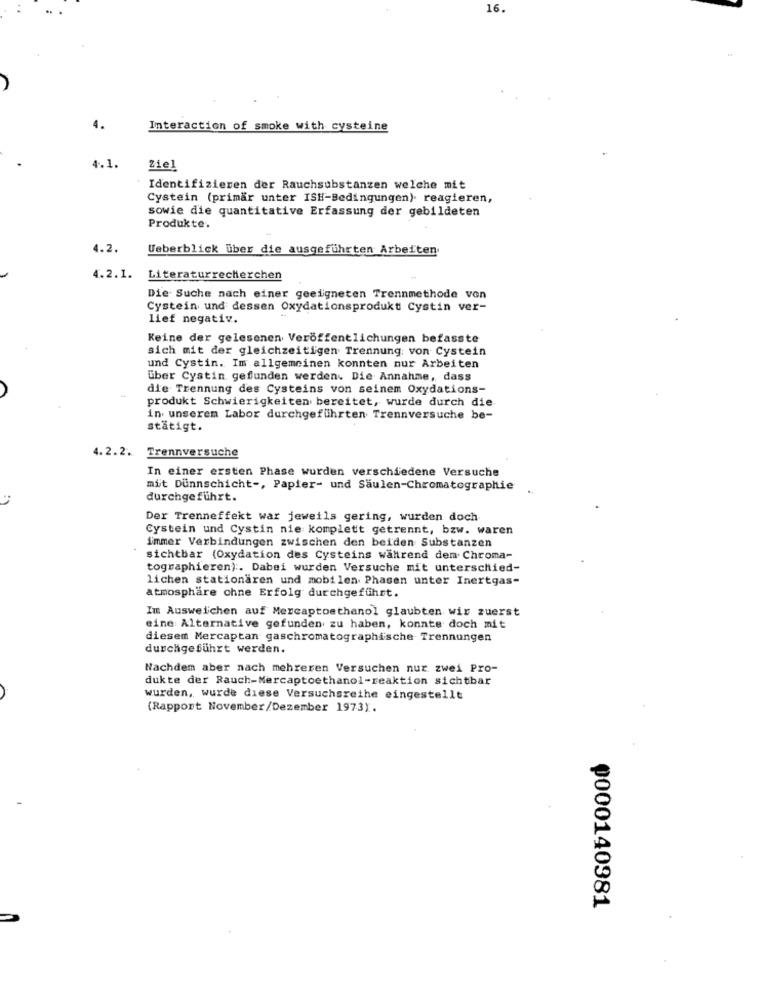
16.
Interaction of smoke with cysteine
4 ...
Ziel
Identifizieren der Rauchsubstanzen welche mit
Cystein (primär unter ISH-Bedingungen). reagieren,
sowie die quantitative Erfassung der gebildeten
Produkte.
4.2.
Ueberblick über die ausgeführten Arbeiten
4.2.1.
Literaturrecherchen
Die Suche nach einer geeigneten Trennmethode von
Cystein und dessen Oxydationsprodukt Cystin ver-
lief negativ.
Keine der gelesenen Veröffentlichungen befasste
sich mit der gleichzeitigen Trennung: von Cystein
und Cystin. Im allgemeinen konnten nur Arbeiten
über Cystin gefunden werden. Die Annahme, dass
die Trennung des Cysteins von seinem Oxydations-
produkt Schwierigkeiten bereitet, wurde durch die
in unserem Labor durchgeführten Trennversuche be-
stätigt.
4.2.2.
Trennversuche
In einer ersten Phase wurden verschiedene Versuche
mit Dünnschicht -, Papier- und Säulen-Chromatographie
.
durchgeführt.
Der Trenneffekt war jeweils gering, wurden doch
Cystein und Cystin nie komplett getrennt, bzw. waren
immer Verbindungen zwischen den beiden Substanzen
sichtbar (Oxydation des Cysteins während dem Chroma-
tographieren) :. Dabei wurden Versuche mit unterschied-
lichen stationären und mobilen Phasen unter Inertgas-
atmosphäre ohne Erfolg durchgeführt.
Im Ausweichen auf Mercaptoethanol glaubten wir zuerst
eine Alternative gefunden zu haben, konnte doch mit
diesem Mercaptan gaschromatographische Trennungen
durchgeführt werden.
Nachdem aber nach mehreren Versuchen nur zwei Pro-
dukte der Rauch-Mercaptoethanol-reaktion sichtbar
wurden, wurde diese Versuchsreihe eingestellt
(Rapport November/Dezember 1973).
₱000140981